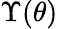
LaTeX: \Upsilon(\theta)